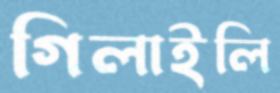
গিলাইলি